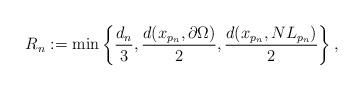
LaTeX: \begin{align*}R_{n}:=\min\left\{\frac{d_n}{3},\frac{d(x_{p_n},\partial\Omega)}{2}, \frac{d(x_{p_n}, NL_{p_n})}{2}\right\},\end{align*}